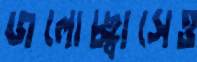
জলোচ্ছ্বাসেও